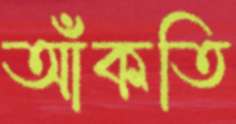
আঁকতি